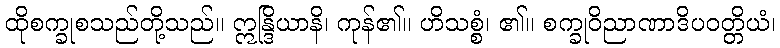
ထိုစက္ခုစသည်တို့သည်။ ဣန္ဒြိယာနိ၊ ကုန်၏။ ဟိသစ္စံ၊ ၏။ စက္ခုဝိညာဏာဒိပဝတ္တိယံ၊